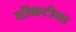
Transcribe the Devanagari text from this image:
धोंकटीया